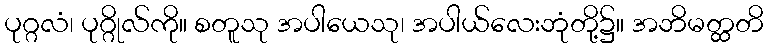
ပုဂ္ဂလံ၊ ပုဂ္ဂိုလ်ကို။ စတူသု အပါယေသု၊ အပါယ်လေးဘုံတို့၌။ အဘိမတ္ထတိ